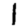
Digit: 1